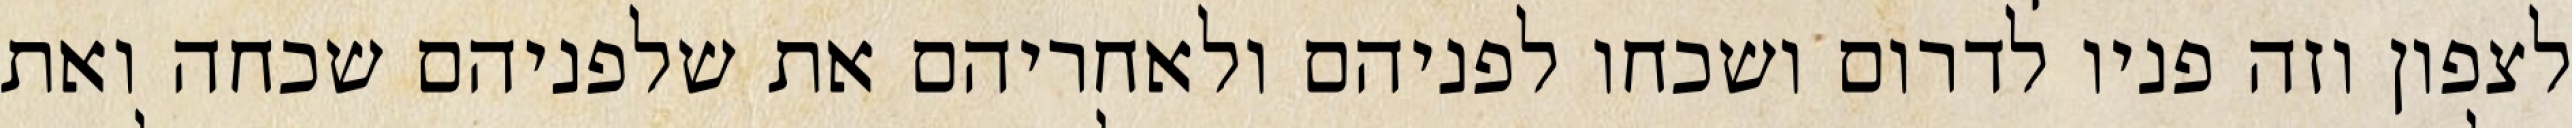
לצפון וזה פניו לדרום ושכחו לפניהם ולאחריהם את שלפניהם שכחה ואת